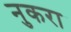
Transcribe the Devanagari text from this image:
नुकरा